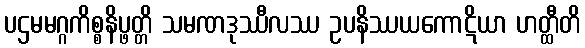
ပဌမမဂ္ဂကိစ္စနိပ္ဖတ္တိ သမဏဒုဿီလဿ ဥပနိဿယကောဋိယာ ဟတ္ထီတိ